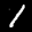
Label: 1